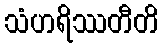
သံဟရိဿတီတိ